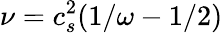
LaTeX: \nu=c_{s}^{2}(1/\omega-1/2)